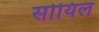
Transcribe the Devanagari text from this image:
सोयिल